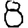
Digit: 8